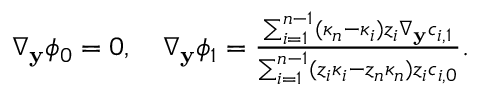
\begin{array} { r } { \nabla _ { \mathbf { y } } \phi _ { 0 } = 0 , \quad \nabla _ { \mathbf { y } } \phi _ { 1 } = \frac { \sum _ { i = 1 } ^ { n - 1 } ( \kappa _ { n } - \kappa _ { i } ) z _ { i } \nabla _ { \mathbf { y } } c _ { i , 1 } } { \sum _ { i = 1 } ^ { n - 1 } ( z _ { i } \kappa _ { i } - z _ { n } \kappa _ { n } ) z _ { i } c _ { i , 0 } } . } \end{array}